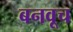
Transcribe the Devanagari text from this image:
बनवूच